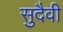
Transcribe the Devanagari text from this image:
सुदैवी